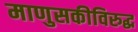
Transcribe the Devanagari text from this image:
माणुसकीविरुद्ध